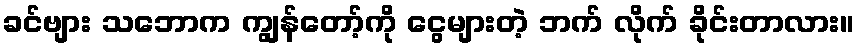
ခင်ဗျား သဘောက ကျွန်တော့်ကို ငွေများတဲ့ ဘက် လိုက် ခိုင်းတာလား။